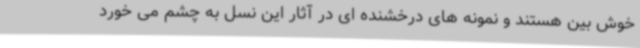
خوش بین هستند و نمونه های درخشنده ای در آثار این نسل به چشم می خورد